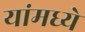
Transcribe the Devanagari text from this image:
यांमध्‍ये